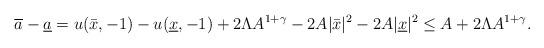
LaTeX: \begin{align*}\overline a-\underline a=u(\bar x,-1) -u(\underline x,-1)+2\Lambda A^{1+\gamma}-2A|\bar x|^2-2A|\underline x|^2\le A+2\Lambda A^{1+\gamma}.\end{align*}